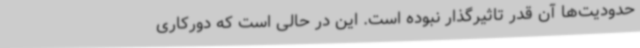
حدودیت‌ها آن‌ قدر تاثیرگذار نبوده است. این در حالی است که دورکاری